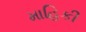
માહિકી